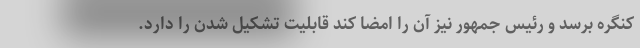
کنگره برسد و رئیس جمهور نیز آن را امضا کند قابلیت تشکیل شدن را دارد.